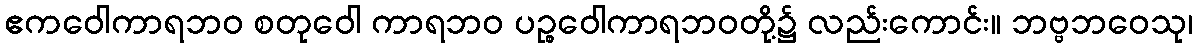
ဧကဝေါကာရဘဝ စတုဝေါ ကာရဘဝ ပဉ္စဝေါကာရဘဝတို့၌ လည်းကောင်း။ ဘဗ္ဗဘဝေသု၊